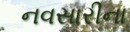
નવસારીના